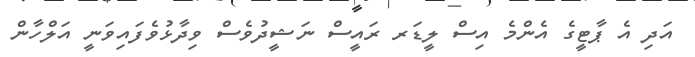
އަދި އެ ޕާޓީގެ އެންމެ އިސް ލީޑަރ ރައީސް ނަޝީދުވެސް ވިދާޅުވެފައިވަނީ އަލްހާން